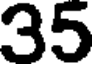
35